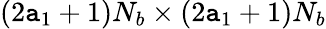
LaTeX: (2\mathtt{a}_{1}+1)N_{b}\times(2\mathtt{a}_{1}+1)N_{b}